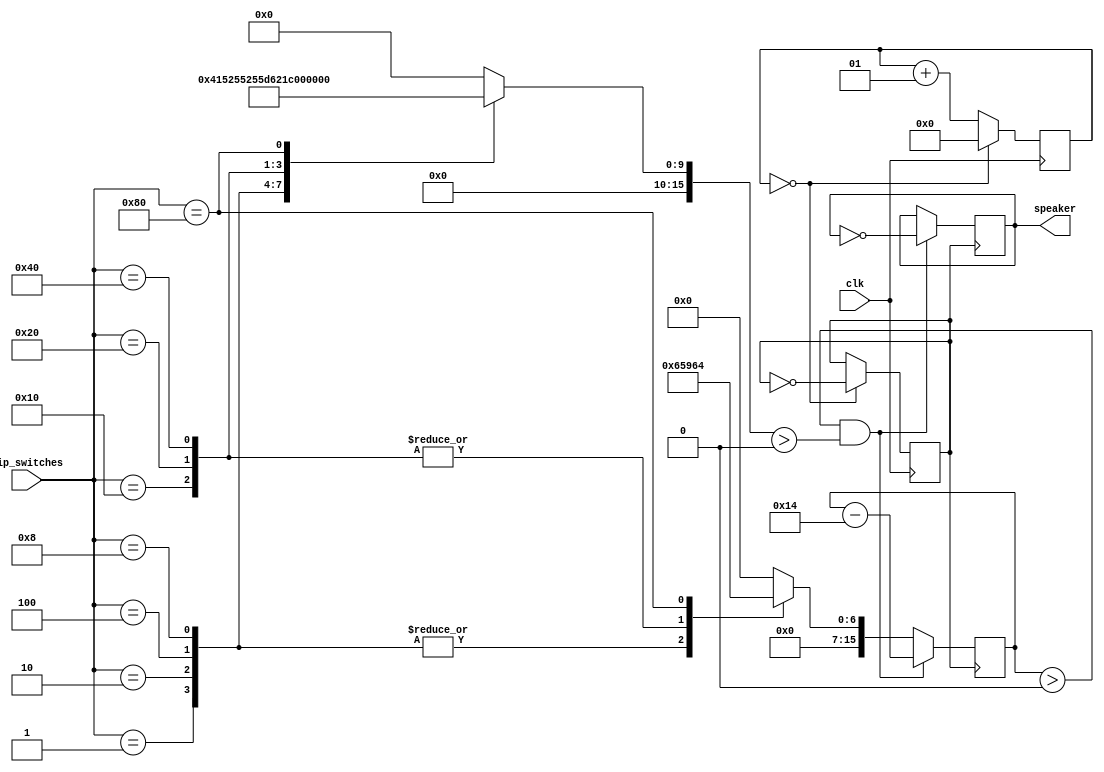
module music_notes(
    input [7:0] dip_switches, // 8-bit input for dip switches
	 input clk,
    output reg speaker        // output for speaker
);

reg clk_50 = 0;
integer count  = 0; 

initial begin
speaker <= 0;
duration <= 0;
end
 
parameter sys_clk = 100000000;
parameter clk_out = 50000000;

parameter max = sys_clk/(2*clk_out);

always @(posedge clk) begin

	 if(count == max-1)begin
	 count = 0;
	 clk_50 = ~clk_50;
	 end else begin
	 count = count + 1;
	 end
	 
end
  
  
// Define musical notes in Hz
parameter C4 = 261;
parameter D4 = 293;
parameter E4 = 329;
parameter F4 = 349;
parameter G4 = 392;
parameter A4 = 440;
parameter B4 = 493;
parameter C5 = 523;

// Define note durations in seconds
parameter quarter = 25;
parameter half = 50;
parameter whole = 100;

// Define frequency and duration variables
reg [15:0] frequency;
reg [15:0] duration;

// Assign frequency based on dip switch input
always @(*) begin
    case (dip_switches)
        8'b00000001: frequency = C4;
        8'b00000010: frequency = D4;
        8'b00000100: frequency = E4;
        8'b00001000: frequency = F4;
        8'b00010000: frequency = G4;
        8'b00100000: frequency = A4;
        8'b01000000: frequency = B4;
        8'b10000000: frequency = C5;
        default: frequency = 0;
    endcase

end

// Assign duration based on dip switch input
always @(posedge clk_50) begin
    case (dip_switches)
        8'b00000001: duration <= quarter;
        8'b00000010: duration <= quarter;
        8'b00000100: duration <= quarter;
        8'b00001000: duration <= quarter;
        8'b00010000: duration <= half;
        8'b00100000: duration <= half;
        8'b01000000: duration <= half;
        8'b10000000: duration <= whole;
        default: duration <= 0;
    endcase

    if (duration > 0 && frequency > 0) begin
        speaker <= speaker ^ 1;
        #10;
        speaker <= speaker ^ 1;
        #10;
        duration <= duration - 20;
    end
end

endmodule